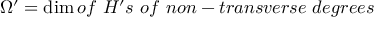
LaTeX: \Omega ^ { \prime } = \dim o f ~ H ^ { \prime } s ~ o f ~ n o n - t r a n s v e r s e ~ d e g r e e s